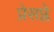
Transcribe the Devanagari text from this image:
प्रेसप्ले